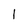
Character: l